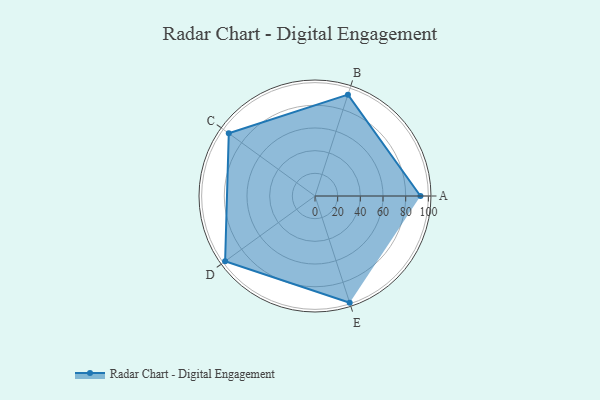
{"axis": {"x": "Skill", "y": "Score"}, "legend": ["Profile"], "data": [{"x": "A", "y": 93.0, "type": "Profile"}, {"x": "B", "y": 94.0, "type": "Profile"}, {"x": "C", "y": 94.0, "type": "Profile"}, {"x": "D", "y": 98.0, "type": "Profile"}, {"x": "E", "y": 99, "type": "Profile"}]}